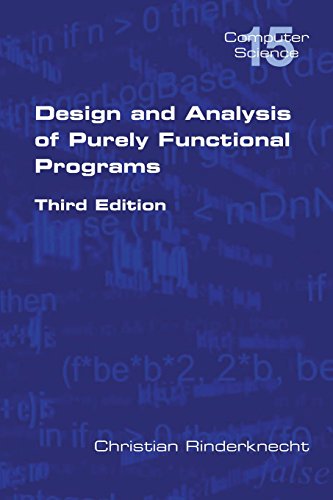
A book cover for Design and Analysis of Purely Functional Programs; Christian Rinderknecht; Computers & Technology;